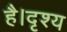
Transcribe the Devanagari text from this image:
है।दृश्य